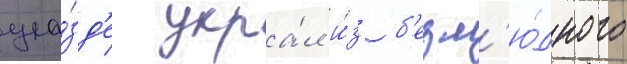
уе́зд'е укра́л и́з б'езл'ю́дного